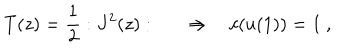
T ( z ) = { \frac { 1 } { 2 } } : J ^ { 2 } ( z ) : \qquad \Rightarrow \quad c ( u ( 1 ) ) = 1 \ ,